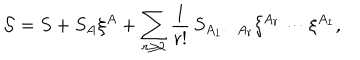
{ \cal S } = S + S _ { A } \xi ^ { A } + \sum _ { r \geq 2 } \frac 1 { r ! } \, S _ { A _ { 1 } \cdots A _ { r } } \xi ^ { A _ { r } } \cdots \xi ^ { A _ { 1 } } ,